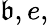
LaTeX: \mathfrak{b},e,